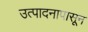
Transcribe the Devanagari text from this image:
उत्पादनापासून